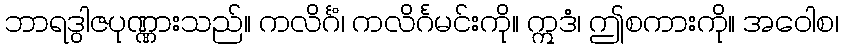
ဘာရဒွါဇပုဏ္ဏားသည်။ ကလိင်္ဂံ၊ ကလိင်္ဂမင်းကို။ ဣဒံ၊ ဤစကားကို။ အဝေါစ၊